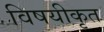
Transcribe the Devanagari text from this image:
विषयीकृत